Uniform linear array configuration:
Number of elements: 8
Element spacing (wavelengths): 0.5
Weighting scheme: kaiser
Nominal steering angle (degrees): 45
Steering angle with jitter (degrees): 44.479
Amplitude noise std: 0.05
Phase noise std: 0.05

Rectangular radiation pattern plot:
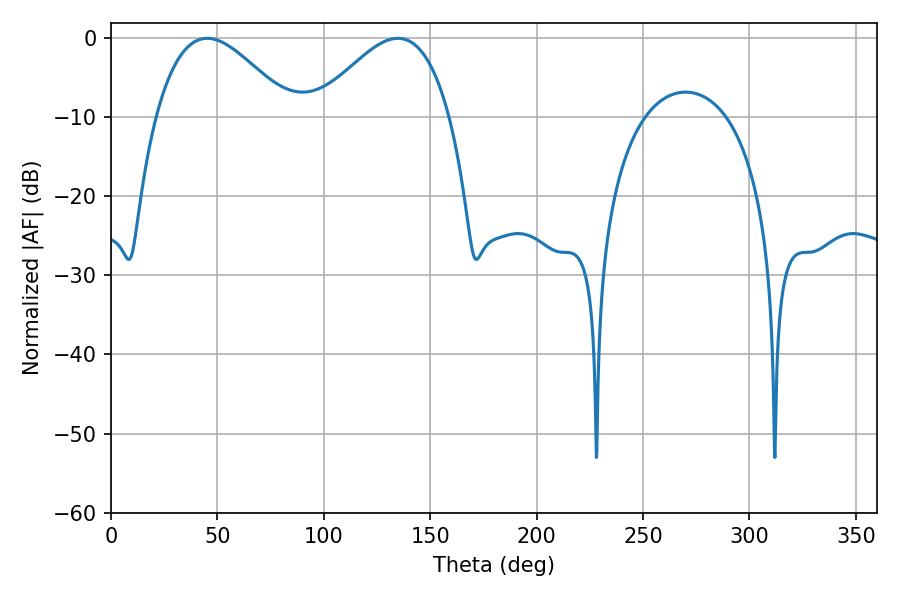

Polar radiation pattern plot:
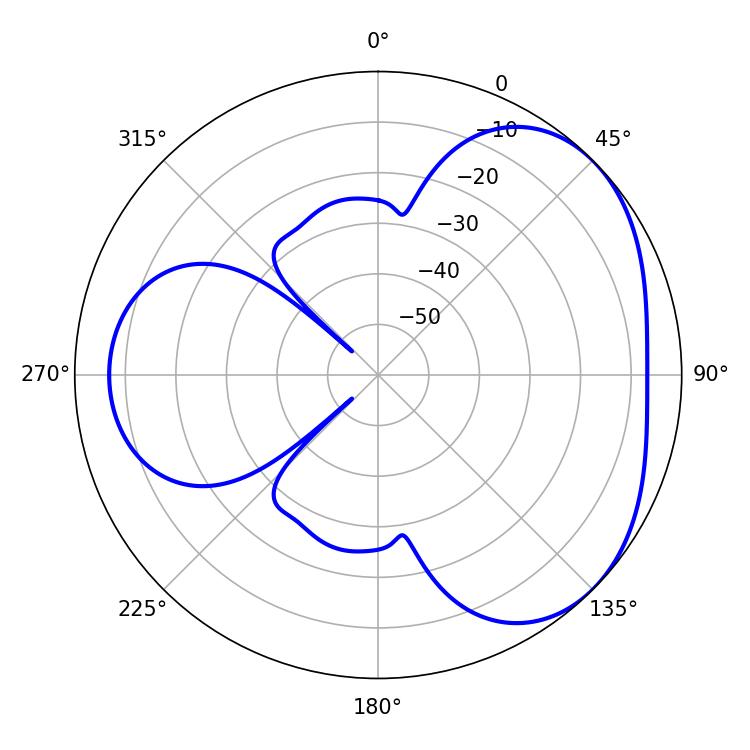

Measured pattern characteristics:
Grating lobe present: FALSE
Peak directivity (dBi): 3.666
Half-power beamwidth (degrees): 34.2
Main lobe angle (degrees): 45.18